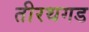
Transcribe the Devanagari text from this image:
तीरथगड